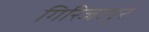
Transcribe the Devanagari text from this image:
गिरिजापुर